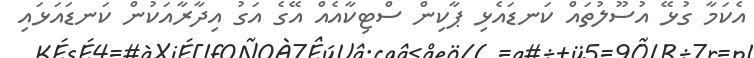
އެކަމާ ގުޅޭ އުސޫލުތައް ކަނޑައެޅި ޕާކިން ސްޓިކާއެއް އޭގެ އަގު އިދާރާއަކުން ކަނޑައަޅައި